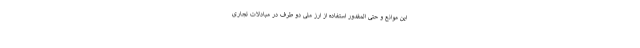
این موانع و حتی المقدور استفاده از ارز ملی دو طرف در مبادلات تجاری